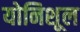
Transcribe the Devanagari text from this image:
योनिशूल